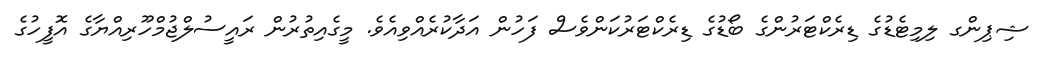
ޝިޕިންގ ލިމިޓެޑުގެ ޑިރެކްޓަރުންގެ ބޯޑުގެ ޑިރެކްޓަރުކަންވެސް ފަހުން އަދާކުރެއްވިއެވެ. މީގެއިތުރުން ރައީސުލްޖުމްހޫރިއްޔާގެ އޮފީހުގެ